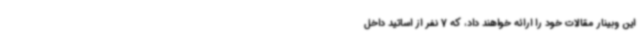
این وبینار مقالات خود را ارائه خواهند داد، که 7 نفر از اساتید داخل